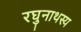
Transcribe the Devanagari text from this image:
रघुनाथस्य